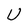
Character: U